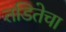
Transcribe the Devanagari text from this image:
तडितेचा